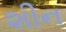
શીન